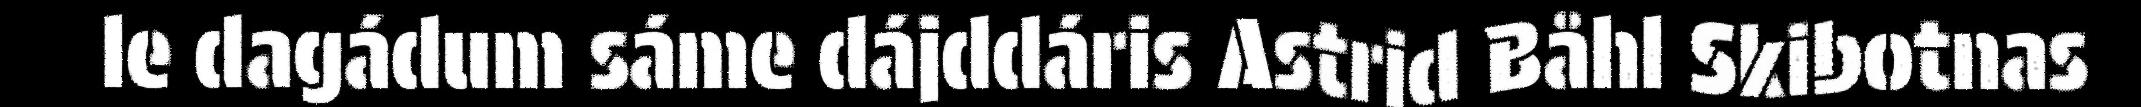
le dagádum sáme dájddáris Astrid Båhl Skibotnas